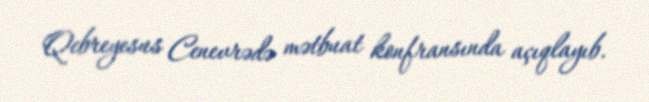
Qebreyesus Cenevrədə mətbuat konfransında açıqlayıb.